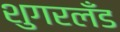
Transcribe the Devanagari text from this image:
शुगरलँड